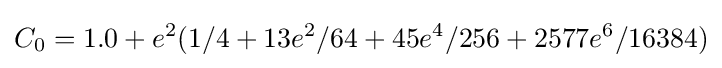
C_{0}=1.0+e^{2}(1/4+13e^{2}/64+45e^{4}/256+2577e^{6}/16384)